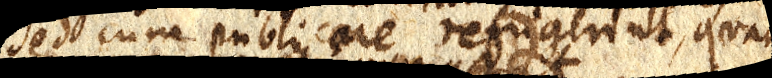
sed cum publicare refrigerint, quam